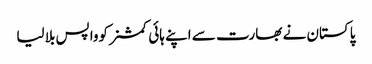
پاکستان نے بھارت سے اپنے ہائی کمشنر کوواپس بلا لیا